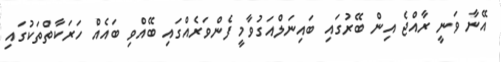
އޭނާ ވަނީ ރާއްޖެ އިން ބޭރުގައި ބައިނަލްއަގުވާމީ ފެންވަރެއްގައި ބޭއްވި ބައެއް ހަރަކާތްތަކުގައި